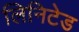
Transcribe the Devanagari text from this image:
लिनिटेड